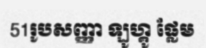
51រូបសញ្ញា ឡូហ្គូ ផ្លែម